Indian journal of veterinary science and animal husbandry - Volumes 15-17, 1948-1951
Year: 1948
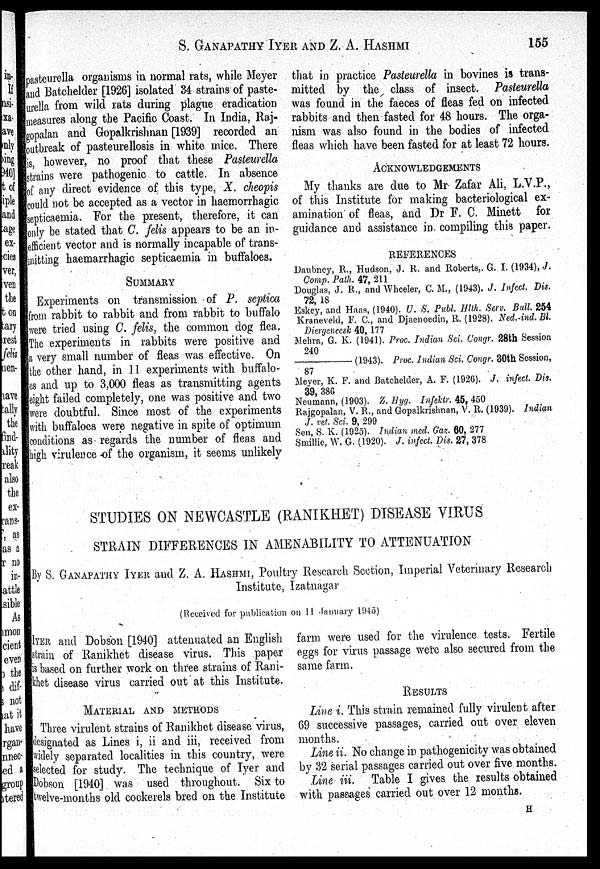
S. GANAPATHY IYER AND Z. A.
HASHMI
155
pastcurella organisms in normal rats, while Meyer
and Batchelder [1926] isolated 34 strains of paste-
urella from wild rats during plague eradication
measures along the Pacific Coast. In India, Raj-
gopalan and Gopalkrishnan [1939] recorded an
outbreak of pasteurellosis in white mice. There
is, however, no proof that these Pasteurella
strains were pathogenic to cattle. In absence
of any direct evidence of this type, X. cheopis
could not be accepted as a vector in haemorrhagic
septicaemia. For the present, therefore, it can
only be stated that C. felis appears to be an in-
efficient vector and is normally incapable of trans-
mitting haemarrhagic septicaemia in buffaloes.
SUMMARY
Experiments on transmission of P. septica
from rabbit to rabbit and from rabbit to buffalo
were tried using C. felis, the common dog flea.
The experiments in rabbits were positive and
a very small number of fleas was effective. On
the other hand, in 11 experiments with buffalo-
es and up to 3,000 fleas as transmitting agents
eight failed completely, one was positive and two
were doubtful. Since most of the experiments
with buffaloes were negative in spite of optimum
conditions as regards the number of fleas and
high virulence of the organism, it seems unlikely
that in practice Pasteurella in bovines is trans-
mitted by the class of insect. Pasteurella
was found in the faeces of fleas fed on infected
rabbits and then fasted for 48 hours. The orga-
nism was also found in the bodies of infected
fleas which have been fasted for at least 72 hours.
ACKNOWLEDGEMENTS
My thanks are due to Mr Zafar Ali, L.V.P.,
of this Institute for making bacteriological ex-
amination of fleas, and Dr F. C. Minett for
guidance and assistance in compiling this paper.
REFERENCES
Daubney, R., Hudson, J. R. and Roberts,. G. I. (1934), J.
Comp. Path. 47, 211
Douglas, J. R., and Wheeler, C. M., (1943). J. Infect. Dis.
72, 18
Eskey, and Haas, (1940). U. S. Publ. Hlth. Serv. Bull. 254
Kraneveld, F. C., and Djaenoedin, R. (1928). Ned.-ind. Bl.
Diergeneesk 40, 177
Mehra, G. K. (1941). Proc. Indian Sci. Congr. 28th Session
240
——
(1943). Proc. Indian Sci. Congr. 30th Session,
87
Meyer, K. F. and Batchelder, A. F. (1926). J. infect. Dis.
39, 386
Neumann, (1903). Z. Ilyg. Infektr. 45, 450
Rajgopalan, V. R., and Gopalkrishnan, V. R. (1939). Indian
J. vet. Sci. 9, 299
Sen, S. K. (1925). Indian med. Gaz. 60, 277
Smillie, W. G. (1920). J. infect. Dis. 27, 378
STUDIES ON NEWCASTLE (RANIKHET) DISEASE VIRUS
STRAIN DIFFERENCES IN AMENABILITY TO ATTENUATION
By S. GANAPATHY IYER and Z. A. HASHMI, Poultry Research Section, Imperial Veterinary Research
Institute, Izatnagar
(Received for publication on 11 January 1945)
IYER and Dobson [1940] attenuated an English
strain of Ranikhet disease virus. This paper
is based on further work on three strains of Rani-
khet disease virus carried out at this Institute.
MATERIAL AND METHODS
Three virulent strains of Ranikhet disease virus,
designated as Lines i, ii and iii, received from
widely separated localities in this country, were
selected for study. The technique of Iyer and
Dobson [1940] was used throughout. Six to
twelve-months old cockerels bred on the Institute
farm were used for the virulence tests. Fertile
eggs for virus passage were also secured from the
same farm.
RESULTS
Line i. This strain remained fully virulent after
69 successive passages, carried out over eleven
months.
Line ii. No change in pathogenicity was obtained
by 32 serial passages carried out over five months.
Line iii. Table I gives the results obtained
with passages carried out over 12 months.
H